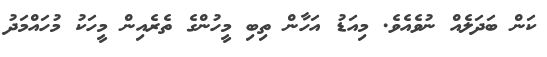
ކަން ބަދަލެއް ނުވެއެވެ. މިއަޑު އަހާން ތިބި މީހުންގެ ތެރެއިން މީހަކު މުހައްމަދު